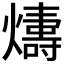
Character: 𤐭